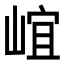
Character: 𡹠